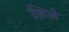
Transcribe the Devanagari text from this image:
क़िलें